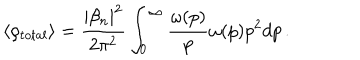
LaTeX: \langle \rho _ { t o t a l } \rangle = \frac { | \beta _ { n } | ^ { 2 } } { 2 \pi ^ { 2 } } \int _ { 0 } ^ { \infty } \frac { \omega ( p ) } { p } \omega ( p ) p ^ { 2 } d p \, .